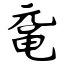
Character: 鼋